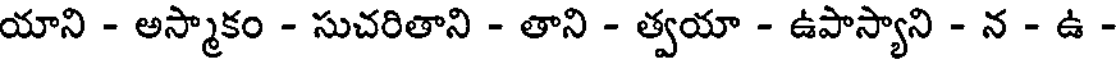
యాని - అస్మాకం - సుచరితాని - తాని - త్వయా - ఉపాస్యాని - న - ఉ -